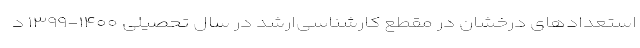
استعدادهای درخشان در مقطع کارشناسی‌ارشد در سال تحصیلی ۱۴۰۰-۱۳۹۹ د